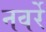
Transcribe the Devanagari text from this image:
नवर्रे